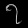
Digit: ၇